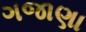
ગજાણા